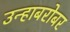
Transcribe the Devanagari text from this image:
उन्हाबरोबर